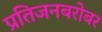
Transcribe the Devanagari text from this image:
प्रतिजनबरोबर